Source: Computer-generated
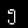
Digit: ၅ (5)